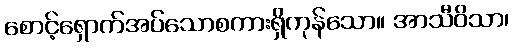
စောင့်ရှောက်အပ်သောစကားရှိကုန်သော။ အာသီဝိသာ၊